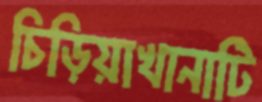
চিড়িয়াখানাটি